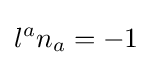
l^{a}n_{a}=-1